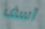
آسف